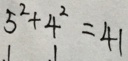
5 ^ { 2 } + 4 ^ { 2 } = 4 1